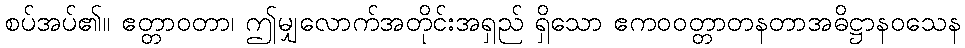
စပ်အပ်၏။ ဧတ္တာဝတာ၊ ဤမျှလောက်အတိုင်းအရှည် ရှိသော ဧကဝဝတ္တာတနတာအဓိဋ္ဌာနဝသေန